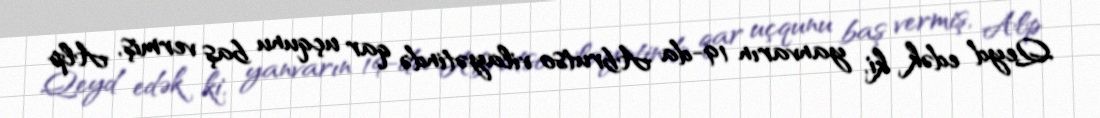
Qeyd edək ki, yanvarın 19-da Abrutso vilayətində qar uçqunu baş vermiş, Alp